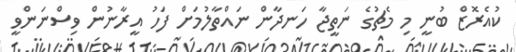
ކުއެރޮޒް ބުނީ މި މެޗުގެ ނަތީޖާ ހަނދާން ނައްތާލުމަށް ފަހު އީރާނުން ވިސްނަންވީ